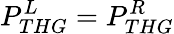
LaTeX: P_{THG}^{L}=P_{THG}^{R}